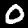
Digit: 0